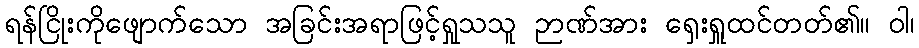
ရန်ငြိုးကိုဖျောက်သော အခြင်းအရာဖြင့်ရှုသသူ ဉာဏ်အား ရှေးရှူထင်တတ်၏။ ဝါ၊